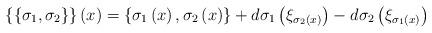
LaTeX: \begin{align*}\{\{\sigma_{1},\sigma_{2}\}\}\left( x\right) =\left\{ \sigma_{1}\left(x\right) ,\sigma_{2}\left( x\right) \right\} +d\sigma_{1}\left(\xi_{\sigma_{2}\left( x\right) }\right) -d\sigma_{2}\left( \xi_{\sigma_{1}\left( x\right) }\right) \end{align*}